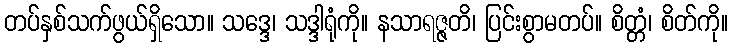
တပ်နှစ်သက်ဖွယ်ရှိသော။ သဒ္ဒေ၊ သဒ္ဒါရုံကို။ နသာရဇ္ဇတိ၊ ပြင်းစွာမတပ်။ စိတ္တံ၊ စိတ်ကို။